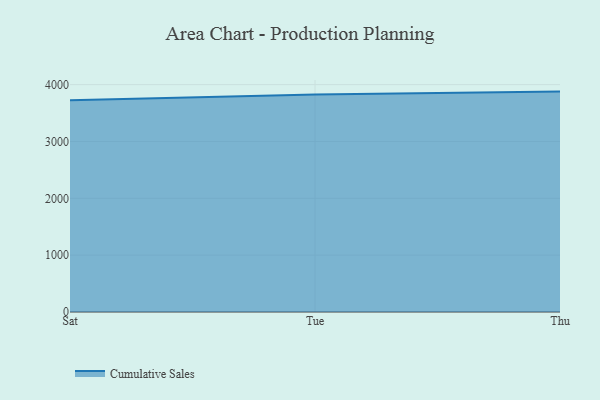
{"axis": {"x": "Day", "y": "Net Income (USD K)"}, "legend": ["Cumulative Sales"], "data": [{"x": "Sat", "y": 3726.2, "type": "Cumulative Sales"}, {"x": "Tue", "y": 3823.8, "type": "Cumulative Sales"}, {"x": "Thu", "y": 3876.9, "type": "Cumulative Sales"}]}